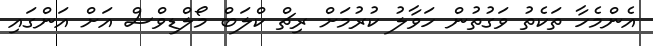
އެންމެހާ ތަކެތު ވަގުތުން ހަވާލު ކުރުމަށް ރިޗް ކްލަބް މޯލްޑިވްސް އަށް އަންގައި